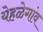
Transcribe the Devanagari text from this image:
येहळेगांव